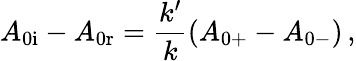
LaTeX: A_{\mathrm{0i}}-A_{\mathrm{0r}}=\frac{k^{\prime}}{k}\left(A_{\mathrm{0+}}-A_{\mathrm{0-}}\right)\, ,